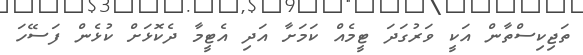
ތަޖިކިސްތާން އަކީ ވަރުގަދަ ޓީމެއް ކަމަށާ އަދި އެޓީމާ ދެކޮޅަށް ކުޅެން ފަސޭހަ